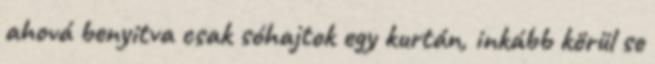
ahová benyitva csak sóhajtok egy kurtán, inkább körül se